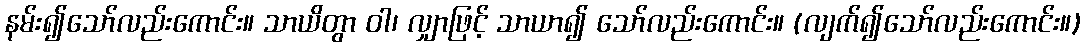
နမ်း၍သော်လည်းကောင်း။ သာယိတွာ ဝါ၊ လျှာဖြင့် သာယာ၍ သော်လည်းကောင်း။ (လျက်၍သော်လည်းကောင်း။)